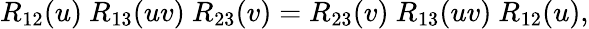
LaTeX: R_{12}(u)\ R_{13}(uv)\ R_{23}(v)=R_{23}(v)\ R_{13}(uv)\ R_{12}(u),